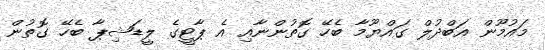
މައުުމޫން އަބްދުލް ގައްޔޫމާ ބެހޭ ގޮތުންނާއި އެ ޕާޓީގެ ލީޑަޝިޕާ ބެހޭ ގޮތުން